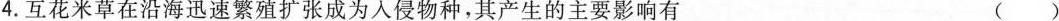
4.互花米草在沿海迅速繁殖扩张成为人侵物种，其产生的主要影响有 ()